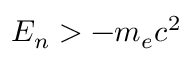
E _ { n } > - m _ { e } c ^ { 2 }